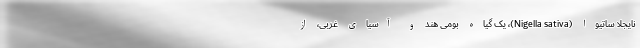
نایجلا ساتیوا (Nigella sativa)، یک گیاه بومی هند و آسیای غربی، از